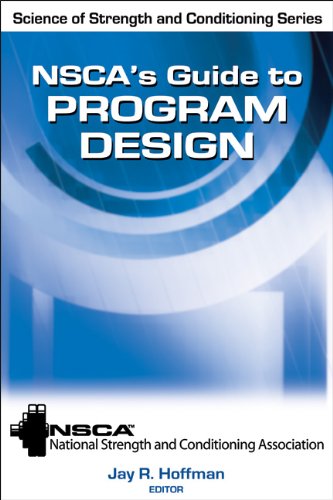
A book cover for NSCA's Guide to Program Design (Science of Strength and Conditioning); Health, Fitness & Dieting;